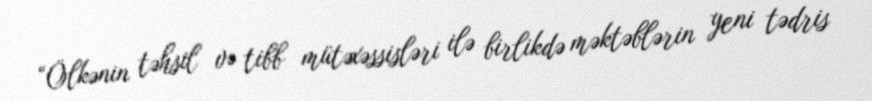
“Ölkənin təhsil və tibb mütəxəssisləri ilə birlikdə məktəblərin yeni tədris